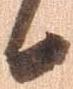
候